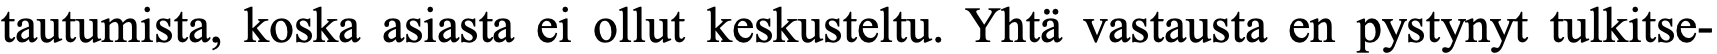
tautumista, koska asiasta ei ollut keskusteltu. Yhtä vastausta en pystynyt tulkitse-